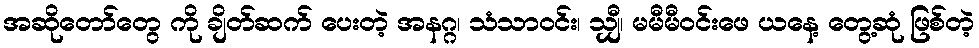
အဆိုတော်တွေ ကို ချိတ်ဆက် ပေးတဲ့ အနဂ္ဂ၊ သံသာဝင်း၊ သျှီ၊ မမီမီဝင်းဖေ ယနေ့ တွေ့ဆုံ ဖြစ်တဲ့